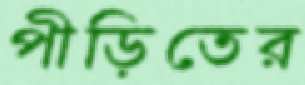
পীড়িতের